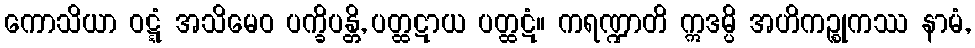
ကောသိယာ ဝဋ္ဋံ အသိမေဝ ပက္ခိပန္တိ, ပတ္ထဋာယ ပတ္ထဋံ။ ကရဏ္ဍာတိ ဣဒမ္ပိ အဟိကဉ္စုကဿ နာမံ,